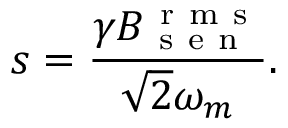
s = \frac { \gamma B _ { \mathrm { ~ s ~ e ~ n ~ } } ^ { \mathrm { ~ r ~ m ~ s ~ } } } { \sqrt { 2 } \omega _ { m } } .